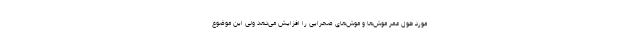
مورد طول عمر موش‌ها و موش‌های صحرایی را افزایش می‌دهد ولی این موضوع